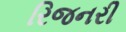
રિજનરી